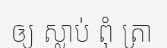
ឲ្យ ស្លាប់ ពុំ ត្រា